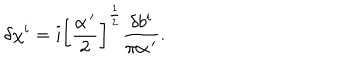
\delta \chi ^ { i } = i \left[ \frac { \alpha ^ { \, \prime } } { 2 } \right] ^ { \frac 1 2 } \frac { \delta b ^ { i } } { \pi \alpha ^ { \, \prime } } .